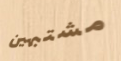
مشتبهين